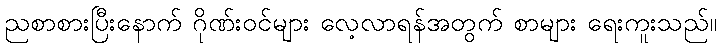
ညစာစားပြီးနောက် ဂိုဏ်းဝင်များ လေ့လာရန်အတွက် စာများ ရေးကူးသည်။